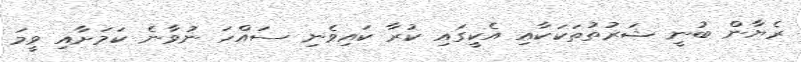
ރެޔާން ބުނީ ޝަރުތުތަކަކާއި އެކީގައި ކުރާ ކައިވެނި ސައްހަ ނުވާނެ ކަމަށާއި ވީމަ